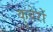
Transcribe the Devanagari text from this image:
कुबेरों